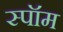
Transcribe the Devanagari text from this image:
स्पॉम